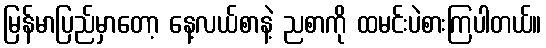
မြန်မာပြည်မှာတော့ နေ့လယ်စာနဲ့ ညစာကို ထမင်းပဲစားကြပါတယ်။